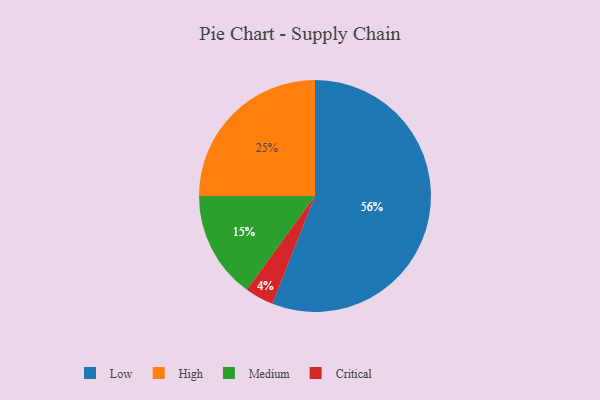
{"axis": {"x": "Category", "y": "Percentage"}, "legend": ["Critical", "High", "Low", "Medium"], "data": [{"x": "Medium", "y": 15, "type": "Medium"}, {"x": "Critical", "y": 4, "type": "Critical"}, {"x": "High", "y": 25, "type": "High"}, {"x": "Low", "y": 56, "type": "Low"}]}